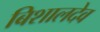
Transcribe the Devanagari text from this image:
बिशालदेव